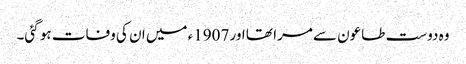
وہ دوست طاعون سے مرا تھا اور 1907ء میں ان کی وفات ہو گئی۔